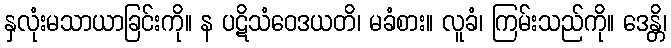
နှလုံးမသာယာခြင်းကို။ န ပဋိသံဝေဒယတိ၊ မခံစား။ လူခံ၊ ကြမ်းသည်ကို။ ဒေန္တိ၊